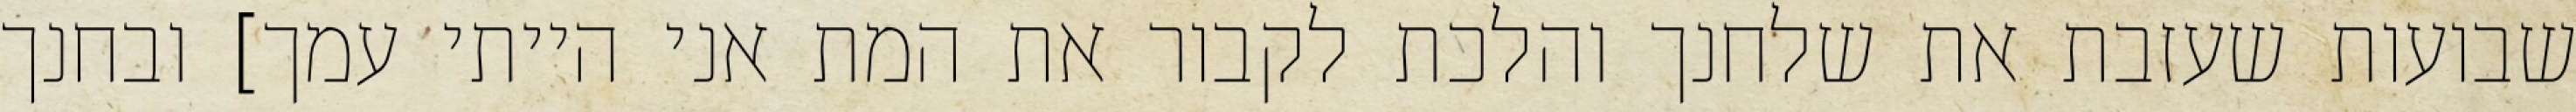
שבועות שעזבת את שלחנך והלכת לקבור את המת אני הייתי עמך] ובחנך